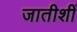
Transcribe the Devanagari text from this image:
जातीशीं